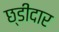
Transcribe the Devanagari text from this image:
छ्डीदार